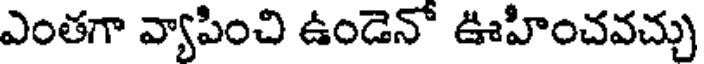
ఎంతగా వ్యాపించి ఉండెనో ఊహించవచ్చు